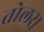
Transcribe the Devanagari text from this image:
तोलरा